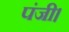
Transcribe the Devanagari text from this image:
पंजी।